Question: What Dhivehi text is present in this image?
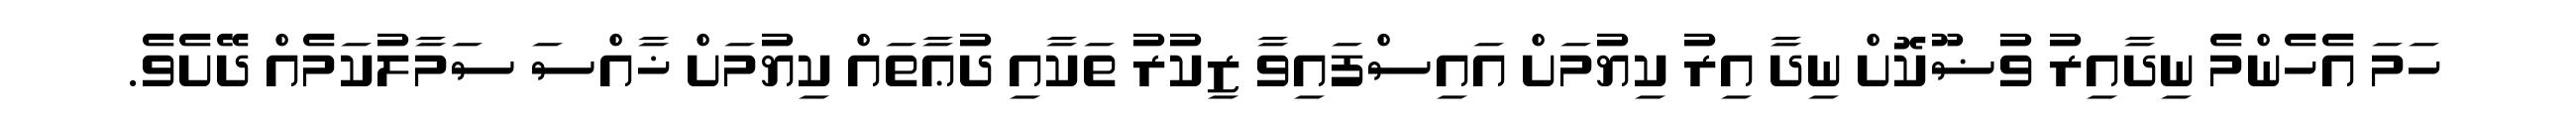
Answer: ހަމަ އެހެންމެ ނިދާއިރު ވުޟޫކޮށް ނިދާ އިރު ކިޔުމަށް އައިސްފައިވާ ޒިކުރު ތަކާއި ދުޢާތައް ކިޔުމަށް ޚާއްސަ ސަމާލުކަމެއް ދޭށެވެ.